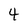
Character: 4